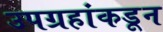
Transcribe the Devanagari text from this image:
उपग्रहांकडून